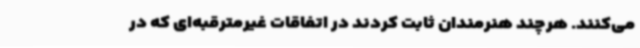
می‌کنند. هرچند هنرمندان ثابت کردند در اتفاقات غیرمترقبه‌ای که در